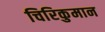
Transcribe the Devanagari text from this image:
चिरिकुमान